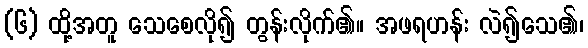
(၆) ထို့အတူ သေစေလို၍ တွန်းလိုက်၏။ အဖရဟန်း လဲ၍သေ၏၊